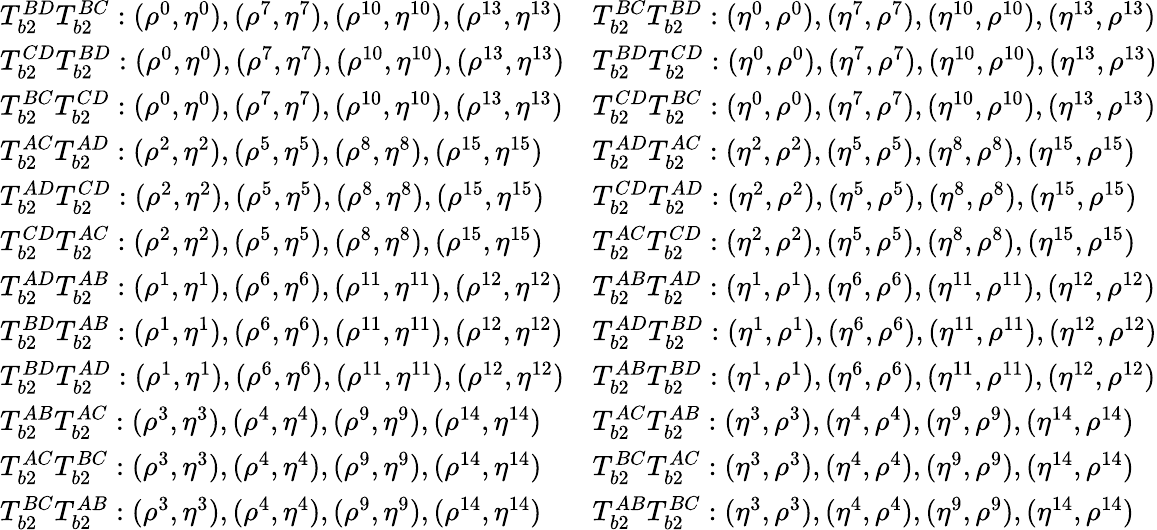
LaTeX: \begin{array}{ll}{T_{b2}^{BD}T_{b2}^{BC}:(\rho^{0},\eta^{0}),(\rho^{7},\eta^{7}),(\rho^{10},\eta^{10}),(\rho^{13},\eta^{13})}&{T_{b2}^{BC}T_{b2}^{BD}:(\eta^{0},\rho^{0}),(\eta^{7},\rho^{7}),(\eta^{10},\rho^{10}),(\eta^{13},\rho^{13})}\\ {T_{b2}^{CD}T_{b2}^{BD}:(\rho^{0},\eta^{0}),(\rho^{7},\eta^{7}),(\rho^{10},\eta^{10}),(\rho^{13},\eta^{13})}&{T_{b2}^{BD}T_{b2}^{CD}:(\eta^{0},\rho^{0}),(\eta^{7},\rho^{7}),(\eta^{10},\rho^{10}),(\eta^{13},\rho^{13})}\\ {T_{b2}^{BC}T_{b2}^{CD}:(\rho^{0},\eta^{0}),(\rho^{7},\eta^{7}),(\rho^{10},\eta^{10}),(\rho^{13},\eta^{13})}&{T_{b2}^{CD}T_{b2}^{BC}:(\eta^{0},\rho^{0}),(\eta^{7},\rho^{7}),(\eta^{10},\rho^{10}),(\eta^{13},\rho^{13})}\\ {T_{b2}^{AC}T_{b2}^{AD}:(\rho^{2},\eta^{2}),(\rho^{5},\eta^{5}),(\rho^{8},\eta^{8}),(\rho^{15},\eta^{15})}&{T_{b2}^{AD}T_{b2}^{AC}:(\eta^{2},\rho^{2}),(\eta^{5},\rho^{5}),(\eta^{8},\rho^{8}),(\eta^{15},\rho^{15})}\\ {T_{b2}^{AD}T_{b2}^{CD}:(\rho^{2},\eta^{2}),(\rho^{5},\eta^{5}),(\rho^{8},\eta^{8}),(\rho^{15},\eta^{15})}&{T_{b2}^{CD}T_{b2}^{AD}:(\eta^{2},\rho^{2}),(\eta^{5},\rho^{5}),(\eta^{8},\rho^{8}),(\eta^{15},\rho^{15})}\\ {T_{b2}^{CD}T_{b2}^{AC}:(\rho^{2},\eta^{2}),(\rho^{5},\eta^{5}),(\rho^{8},\eta^{8}),(\rho^{15},\eta^{15})}&{T_{b2}^{AC}T_{b2}^{CD}:(\eta^{2},\rho^{2}),(\eta^{5},\rho^{5}),(\eta^{8},\rho^{8}),(\eta^{15},\rho^{15})}\\ {T_{b2}^{AD}T_{b2}^{AB}:(\rho^{1},\eta^{1}),(\rho^{6},\eta^{6}),(\rho^{11},\eta^{11}),(\rho^{12},\eta^{12})}&{T_{b2}^{AB}T_{b2}^{AD}:(\eta^{1},\rho^{1}),(\eta^{6},\rho^{6}),(\eta^{11},\rho^{11}),(\eta^{12},\rho^{12})}\\ {T_{b2}^{BD}T_{b2}^{AB}:(\rho^{1},\eta^{1}),(\rho^{6},\eta^{6}),(\rho^{11},\eta^{11}),(\rho^{12},\eta^{12})}&{T_{b2}^{AD}T_{b2}^{BD}:(\eta^{1},\rho^{1}),(\eta^{6},\rho^{6}),(\eta^{11},\rho^{11}),(\eta^{12},\rho^{12})}\\ {T_{b2}^{BD}T_{b2}^{AD}:(\rho^{1},\eta^{1}),(\rho^{6},\eta^{6}),(\rho^{11},\eta^{11}),(\rho^{12},\eta^{12})}&{T_{b2}^{AB}T_{b2}^{BD}:(\eta^{1},\rho^{1}),(\eta^{6},\rho^{6}),(\eta^{11},\rho^{11}),(\eta^{12},\rho^{12})}\\ {T_{b2}^{AB}T_{b2}^{AC}:(\rho^{3},\eta^{3}),(\rho^{4},\eta^{4}),(\rho^{9},\eta^{9}),(\rho^{14},\eta^{14})}&{T_{b2}^{AC}T_{b2}^{AB}:(\eta^{3},\rho^{3}),(\eta^{4},\rho^{4}),(\eta^{9},\rho^{9}),(\eta^{14},\rho^{14})}\\ {T_{b2}^{AC}T_{b2}^{BC}:(\rho^{3},\eta^{3}),(\rho^{4},\eta^{4}),(\rho^{9},\eta^{9}),(\rho^{14},\eta^{14})}&{T_{b2}^{BC}T_{b2}^{AC}:(\eta^{3},\rho^{3}),(\eta^{4},\rho^{4}),(\eta^{9},\rho^{9}),(\eta^{14},\rho^{14})}\\ {T_{b2}^{BC}T_{b2}^{AB}:(\rho^{3},\eta^{3}),(\rho^{4},\eta^{4}),(\rho^{9},\eta^{9}),(\rho^{14},\eta^{14})}&{T_{b2}^{AB}T_{b2}^{BC}:(\eta^{3},\rho^{3}),(\eta^{4},\rho^{4}),(\eta^{9},\rho^{9}),(\eta^{14},\rho^{14})}\end{array}